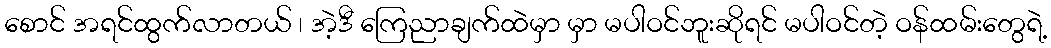
စောင် အရင်ထွက်လာတယ် ၊ အဲ့ဒီ ကြေညာချက်ထဲမှာ မှာ မပါဝင်ဘူးဆိုရင် မပါဝင်တဲ့ ဝန်ထမ်းတွေရဲ့